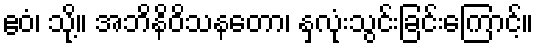
ဧဝံ၊ သို့။ အဘိနိဝိသနတော၊ နှလုံးသွင်းခြင်းကြောင့်။